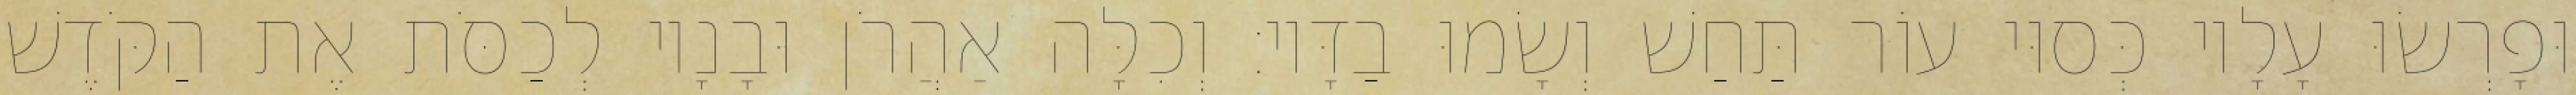
וּפָרְשׂוּ עָלָיו כְּסוּי עוֹר תַּחַשׁ וְשָׂמוּ בַדָּיו׃ וְכִלָּה אַהֲרֹן וּבָנָיו לְכַסֹּת אֶת הַקֹּדֶשׁ